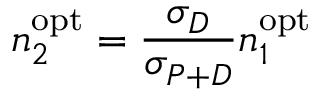
n _ { 2 } ^ { \mathrm { o p t } } = \frac { \sigma _ { D } } { \sigma _ { P + D } } n _ { 1 } ^ { \mathrm { o p t } }